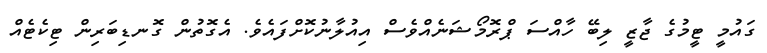
ގައުމީ ޓީމުގެ ޖާޒީ ލިބޭ ހާއްސަ ޕްރޮމޯޝަނެއްވެސް އިއުލާނުކޮށްފަައެވެ. އެގޮތުން ގޮނޑިބަރިން ޓިކެޓެއް